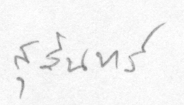
สุรินทร์